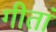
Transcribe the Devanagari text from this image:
गीतां